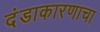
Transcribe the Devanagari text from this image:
दंडाकारणाचा